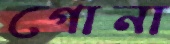
গোনা